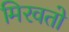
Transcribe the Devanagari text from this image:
मिरवतो